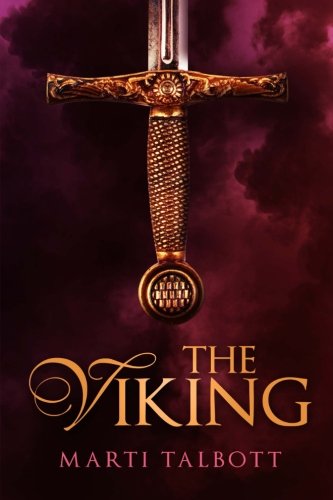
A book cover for The Viking; Marti Talbott; Romance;